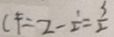
C F = 2 - \frac { 1 } { 2 } = \frac { 3 } { 2 }